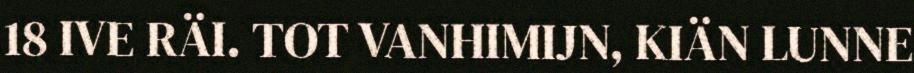
18 IVE RÄI. TOT VANHIMIJN, KIÄN LUNNE